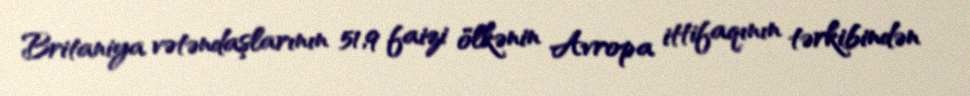
Britaniya vətəndaşlarının 51,9 faizi ölkənin Avropa ittifaqının tərkibindən